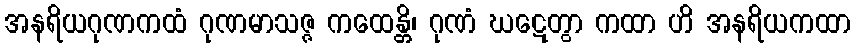
အနရိယဂုဏကထံ ဂုဏမာသဇ္ဇ ကထေန္တိ၊ ဂုဏံ ဃဋေတွာ ကထာ ဟိ အနရိယကထာ